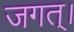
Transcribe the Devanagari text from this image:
जगत्‌।